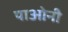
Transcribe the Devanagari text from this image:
पाओनी